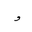
Letter: _waw